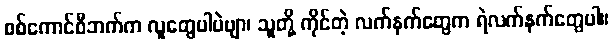
စစ်ကောင်စီဘက်က လူတွေပါပဲဗျာ၊ သူတို့ ကိုင်တဲ့ လက်နက်တွေက ရဲလက်နက်တွေပါ။